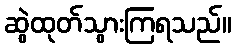
ဆွဲထုတ်သွားကြရသည်။